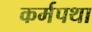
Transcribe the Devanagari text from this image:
कर्मपथा